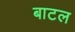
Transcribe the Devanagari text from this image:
बाटल